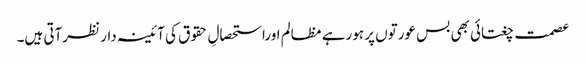
عصمت چغتائی بھی بس عورتوں پر ہورہے مظالم اوراستحصالِ حقوق کی آئینہ دار نظرآتی ہیں۔